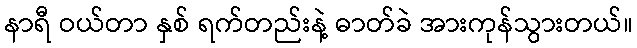
နာရီ ဝယ်တာ နှစ် ရက်တည်းနဲ့ ဓာတ်ခဲ အားကုန်သွားတယ်။